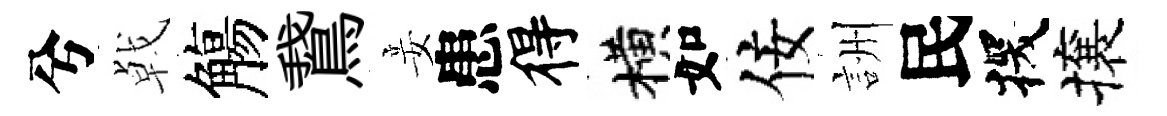
兮㦸觴鵞妾患得横如佞詶民探攘